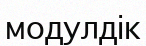
модулдік